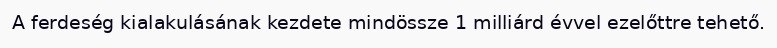
A ferdeség kialakulásának kezdete mindössze 1 milliárd évvel ezelőttre tehető.